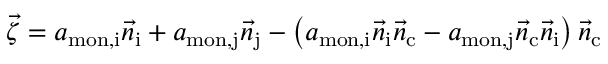
\vec { \zeta } = a _ { \mathrm { m o n , i } } \vec { n } _ { \mathrm { i } } + a _ { \mathrm { m o n , j } } \vec { n } _ { \mathrm { j } } - \left( a _ { \mathrm { m o n , i } } \vec { n } _ { \mathrm { i } } \vec { n } _ { \mathrm { c } } - a _ { \mathrm { m o n , j } } \vec { n } _ { \mathrm { c } } \vec { n } _ { \mathrm { i } } \right) \vec { n } _ { \mathrm { c } }